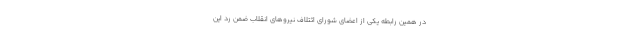
در همین رابطه یکی از اعضای شورای ائتلاف نیروهای انقلاب ضمن رد این